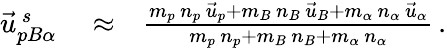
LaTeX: \begin{array}{rlr}{\vec{u}_{pB\alpha}^{\, s}}&{{}\approx}&{\frac{m_{p}\, n_{p}\, \vec{u}_{p}+m_{B}\, n_{B}\, \vec{u}_{B}+m_{\alpha}\, n_{\alpha}\, \vec{u}_{\alpha}}{m_{p}\, n_{p}+m_{B}\, n_{B}+m_{\alpha}\, n_{\alpha}}\, .}\end{array}